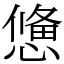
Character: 𢢑